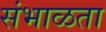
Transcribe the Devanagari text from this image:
संभाळता